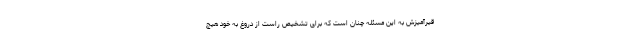
قیرآمیزش به این مسئله چنان است که برای تشخیص راست از دروغ به خود هیچ